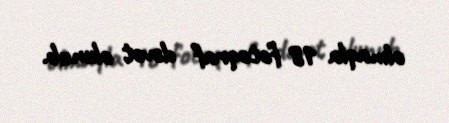
olmaqla 18 fotoqraf dəvət olunub.